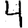
Digit: 4